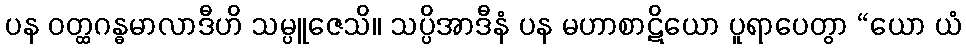
ပန ဝတ္ထဂန္ဓမာလာဒီဟိ သမ္ပူဇေသိ။ သပ္ပိအာဒီနံ ပန မဟာစာဋိယော ပူရာပေတွာ “ယော ယံ